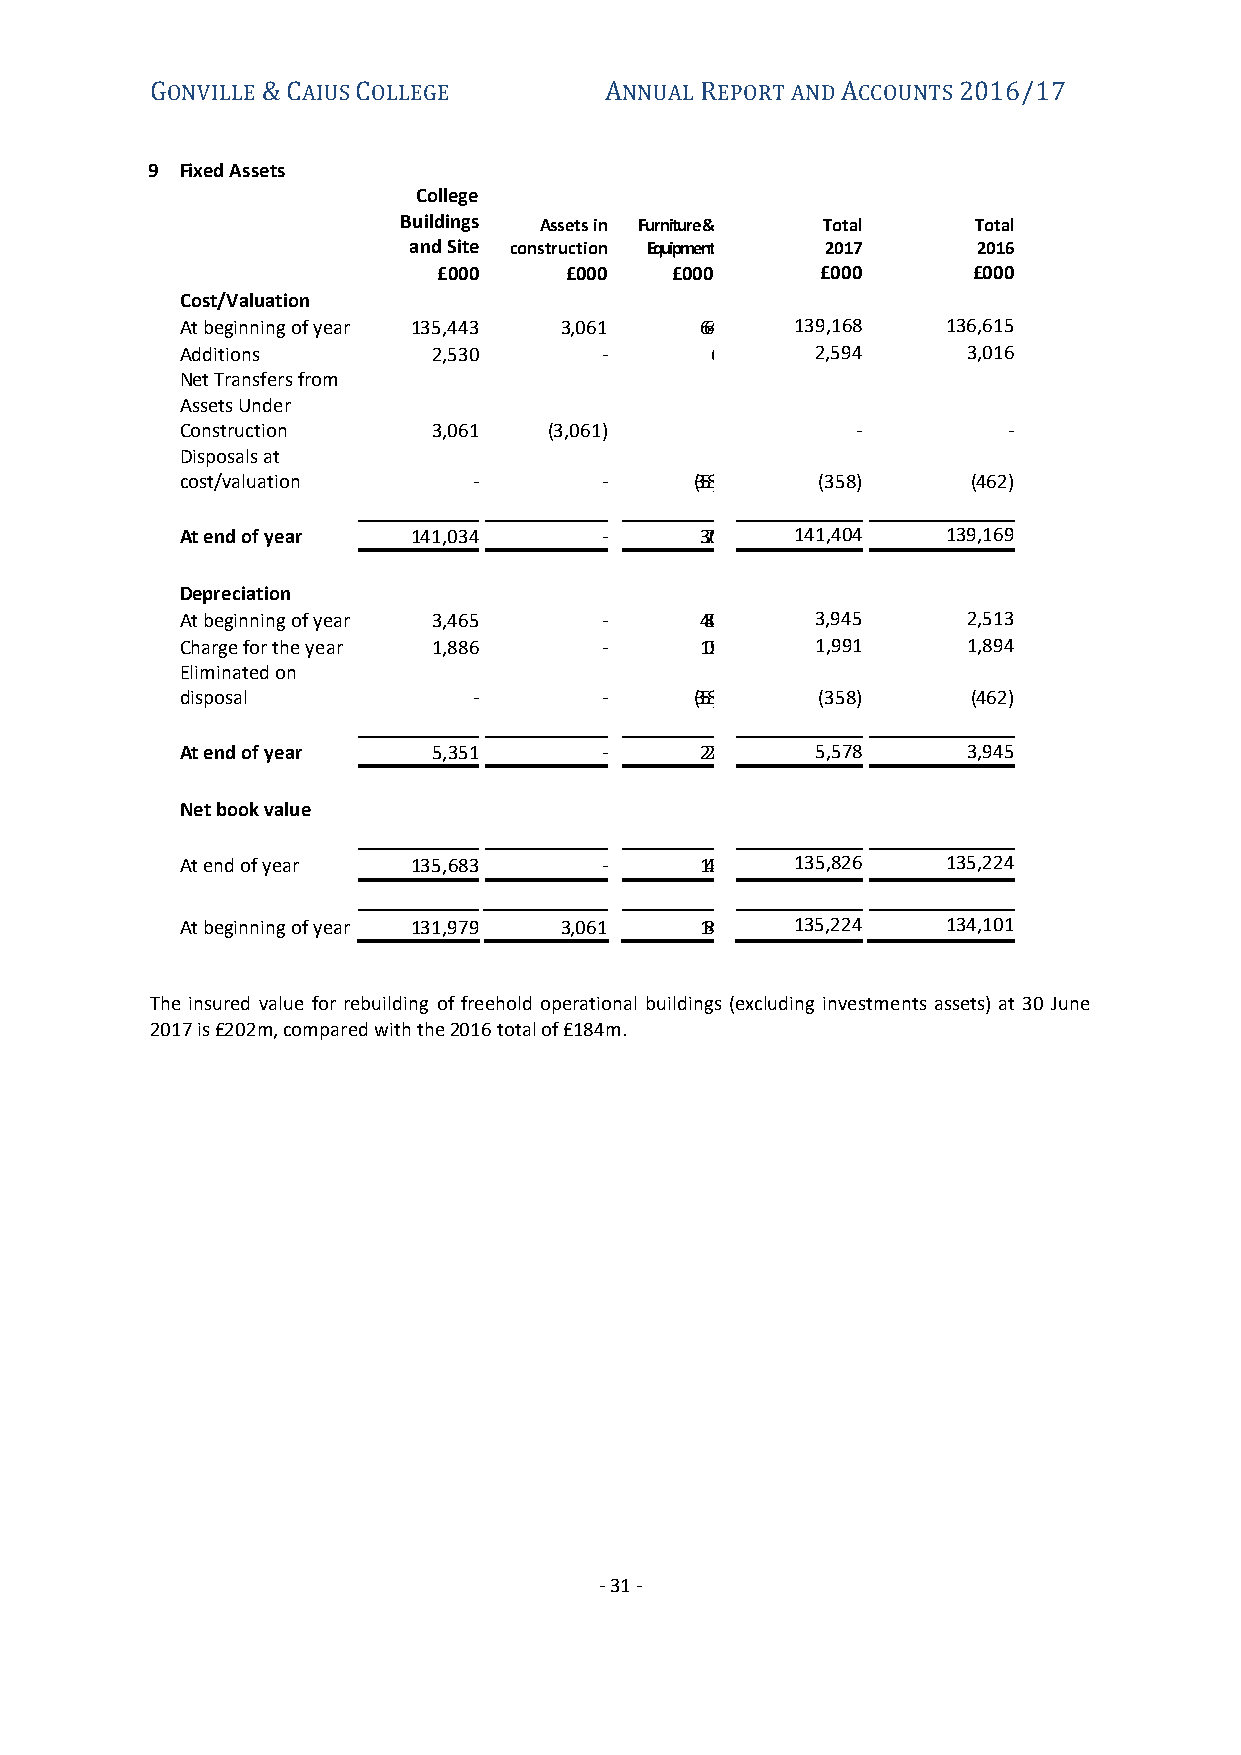
ONVILLE  AIUS OLLEGE          NNUAL EPORT AND CCOUNTS
 G      &C     C               A     R         A      2016/17
 9 Fixed Assets
 College
 Buildings Assets in Furniture & Total  Total
 and Site construction Equipment 2017  2016
 £000    £000   £000      £0 00     £000
 Cost/Valuation
 At beginning of year 135,443 3,061 664   139,1 68  136 ,615
 Additions        2,530      -      64     2,5 94    3 ,016
 Net Transfers from
 Assets Under
 Construction     3,061  (3,061)              -         -
 Disposals at
 cost/valuation     -        -     (358)   (358)     (462)
 At end of year 141,034      -     370    141,4 04  139 ,169
 Depreciation
 At beginning of year 3,465  -     480     3,9 45    2 ,513
 Charge for the year 1,886   -     105     1,9 91    1 ,894
 Eliminated on
 disposal           -        -     (358)   (358)     ( 462)
 At end of year   5,351      -     227     5,5 78    3 ,945
 Net book value
 At end of year 135,683      -     143    135,8 26  135 ,224
 At beginning of year 131,979 3,061 184   135,2 24  134 ,101
 The insured value for rebuilding of freehold operational buildings (excluding investments assets) at 30 June
 2017 is £202m, compared with the 2016 total of £184m.
 - 31 -